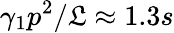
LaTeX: \gamma_{1}p^{2}/\mathfrak{L}\approx1.3s